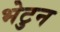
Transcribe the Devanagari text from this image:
भेटुन